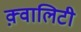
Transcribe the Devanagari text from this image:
क़्वालिटी